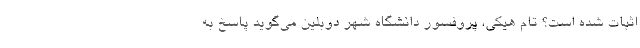
اثبات شده است؟ تام هیکی، پروفسور دانشگاه شهر دوبلین می‌گوید پاسخ به